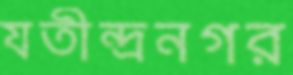
যতীন্দ্রনগর